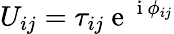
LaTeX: U_{ij}=\tau_{ij}\mathrm{~e~}^{\mathrm{~i~}\phi_{ij}}